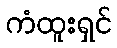
ကံထူးရှင်